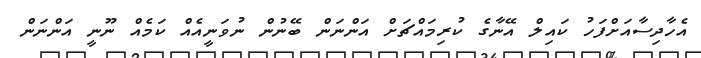
އެހާދިސާއަށްފަހު ކައިލް އޭނާގެ ކުރިމައްޗަށް އަންނަން ބޭނުން ނުވަނީއެއް ކަމެއް ނޫނީ އަންނަން